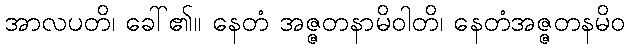
အာလပတိ၊ ခေါ်၏။ နေတံ အဇ္ဇတနာမိဝါတိ၊ နေတံအဇ္ဇတနမိဝ